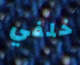
خلفي